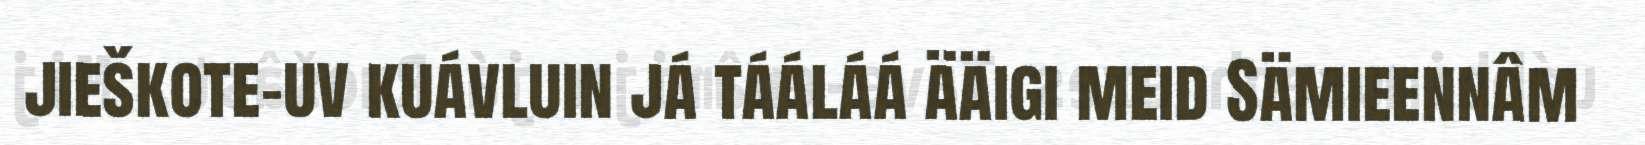
jieškote-uv kuávluin já tááláá ääigi meid Sämieennâm